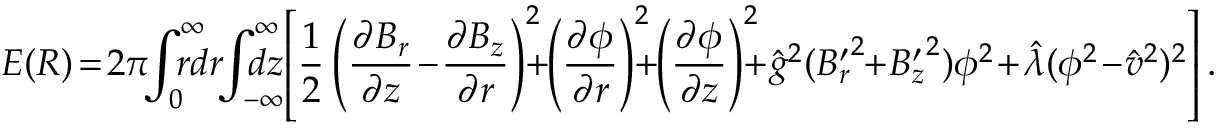
E ( R ) \! = \! 2 \pi \! \! \int _ { 0 } ^ { \infty } \! \! \! \! \! \! r d r \! \! \int _ { - \infty } ^ { \infty } \! \! \! \! \! \! \! d z \! \left[ \frac { 1 } { 2 } \left( \frac { \partial B _ { r } } { \partial z } \! - \! \frac { \partial B _ { z } } { \partial r } \right) ^ { 2 } \! \! \! \! + \! \! \left( \frac { \partial \phi } { \partial r } \right) ^ { 2 } \! \! \! \! + \! \! \left( \frac { \partial \phi } { \partial z } \right) ^ { 2 } \! \! \! \! + \! \hat { g } ^ { 2 } ( { B _ { r } ^ { \prime } } ^ { 2 } \! \! + \! { B _ { z } ^ { \prime } } ^ { 2 } ) \phi ^ { 2 } \! + \! \hat { \lambda } ( \phi ^ { 2 } \! - \! \hat { v } ^ { 2 } ) ^ { 2 } \right] .